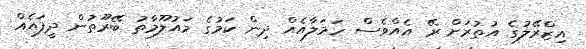
އިޒްރޭލުގެ އުތުރަށް ރޭ އެއްވެސް ހަމަލާއެއް ދިން ކަމުގެ މައުލޫމާތު ބޭރޫތުން ދީފައެއް